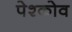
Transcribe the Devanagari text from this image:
पेश्कोव